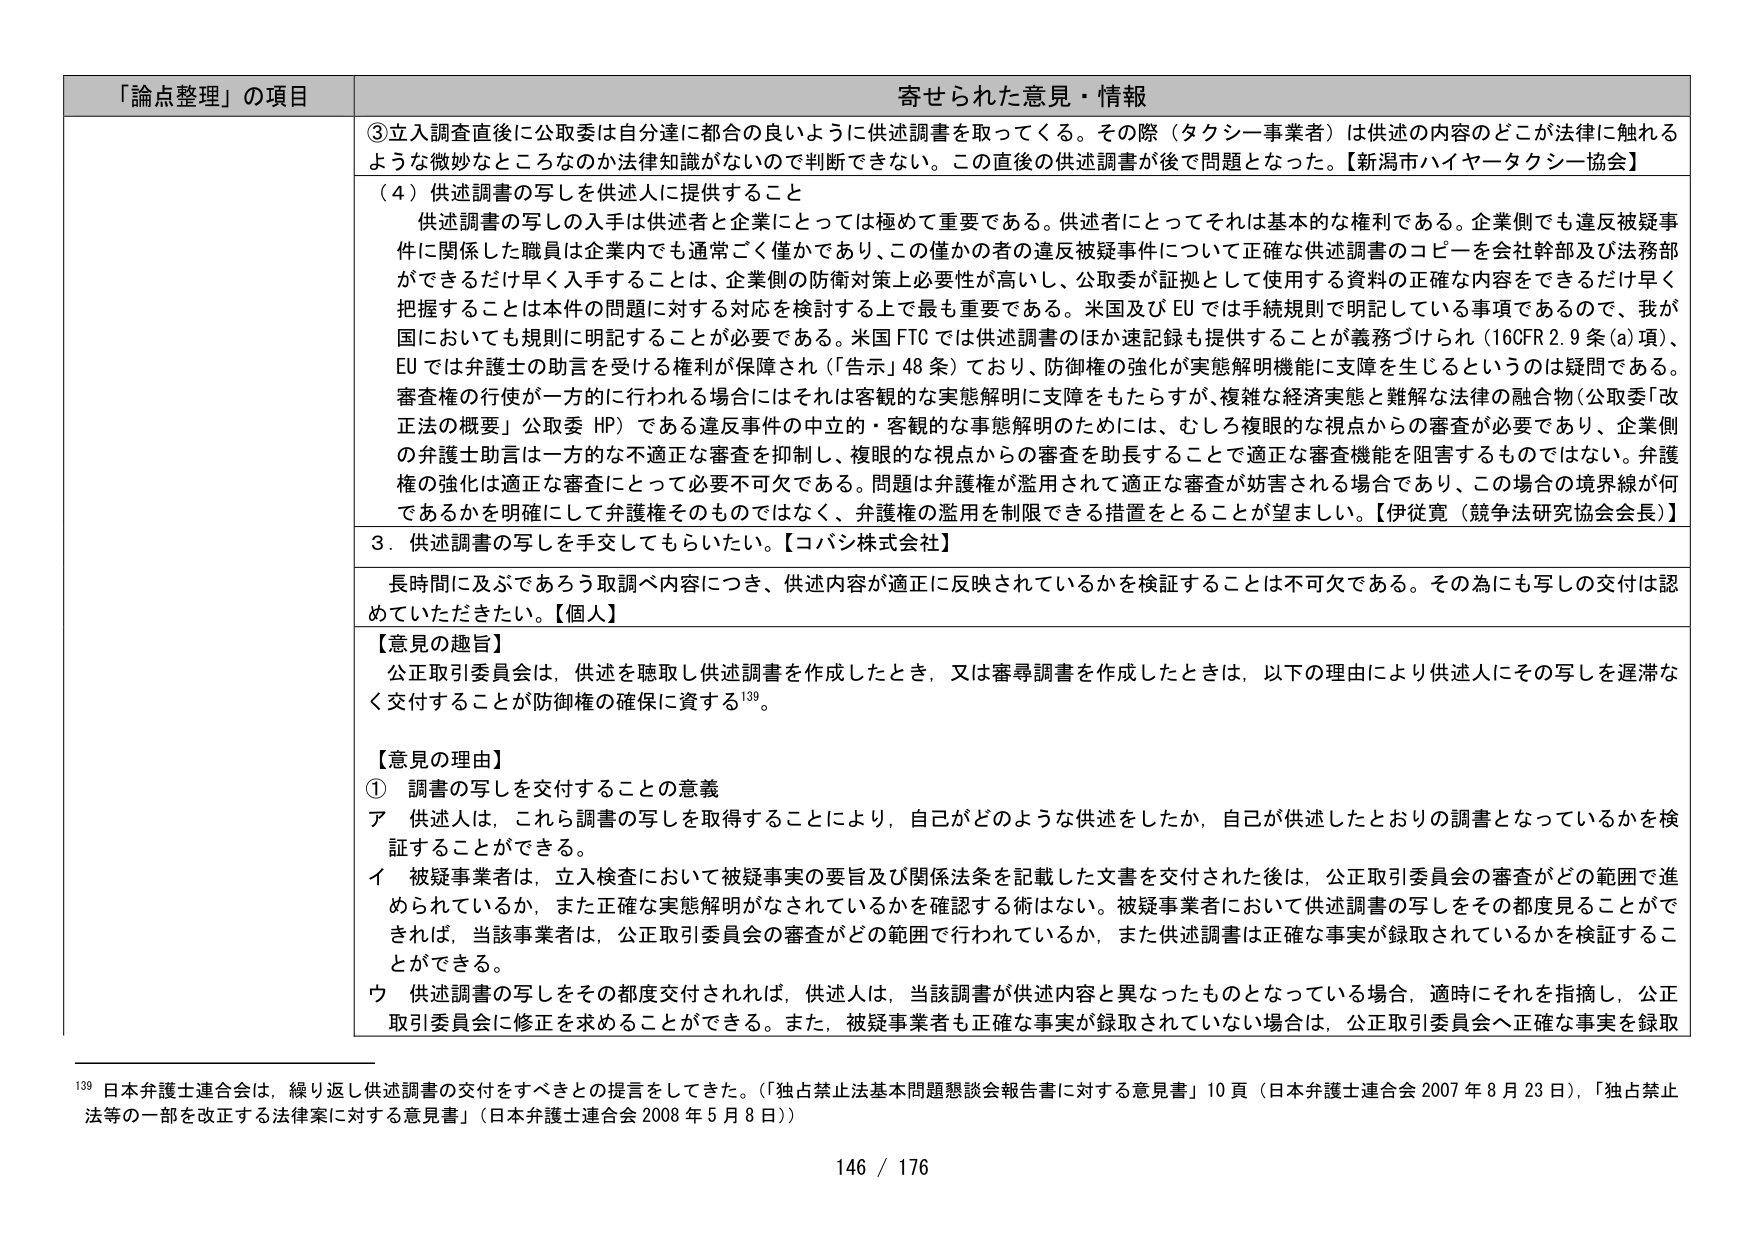
「論点整理」の項目 寄せられた意見・情報
③立入調査直後に公取委は自分達に都合の良いように供述調書を取ってくる。その際（タクシー事業者）は供述の内容のどこが法律に触れるような微妙なところなのか法律知識がないので判断できない。この直後の供述調書が後で問題となった。【新潟市ハイヤータクシー協会】
（4）供述調書の写しを供述人に提供すること
供述調書の写しの入手は供述者と企業にとっては極めて重要である。供述者にとってはそれは基本的な権利である。企業側でも違反被疑事件に関係した職員は企業内でも通常ごく僅かであり、この僅かの者の違反被疑事件について正確な供述調書のコピーを会社幹部及び法務部ができるだけ早く入手することは、企業側の防衛対策上必要性が高いし、公取委が証拠として使用する資料の正確な内容をできるだけ早く把握することは本件の問題に対する対応を検討する上で最も重要である。米国及びEUでは手続規則で明記している事項であるので、我が国においても規則に明記することが必要である。米国FTCでは供述調書のほか速記録も提供することが義務づけられ（16CFR 2.9条(a)項）、EUでは弁護士の助言を受ける権利が保障され（「告示」48条）ており、防御権の強化が実態解明機能に支障を生じるというのは疑問である。審査権の行使が一方的に行われる場合にはそれは客観的な実態解明に支障をもたらすが、複雑な経済実態と難解な法律の融合物（公取委「改正法の概要」公取委HP）である違反事件の中立的・客観的な事態解明のためには、むしろ複眼的な視点からの審査が必要であり、企業側の弁護士助言は一方的な不適正な審査を抑制し、複眼的な視点からの審査を助長することで適正な審査機能を阻害するものではない。弁護権の強化は適正な審査にとって必要不可欠である。問題は弁護権が濫用されて適正な審査が妨害される場合であり、この場合の境界線が何であるかを明確にして弁護権そのものではなく、弁護権の濫用を制限できる措置をとることが望ましい。【伊従寛（競争法研究協会会長）】
3．供述調書の写しを手交してもらいたい。【コパシ株式会社】
長時間に及ぶであろう取調べ内容につき、供述内容が適正に反映されているかを検証することは不可欠である。その為にも写しの交付は認めていただきたい。【個人】
【意見の趣旨】
公正取引委員会は、供述を聴取し供述調書を作成したとき、又は審尋調書を作成したときは、以下の理由により供述人にその写しを遅滞なく交付することが防御権の確保に資する139。
【意見の理由】
① 調書の写しを交付することの意義
ア 供述人は、これら調書の写しを取得することにより、自己がどのような供述をしたか、自己が供述したとおりの調書となっているかを検証することができる。
イ 被疑事業者は、立入検査において被疑事実の要旨及び関係法条を記載した文書を交付された後は、公正取引委員会の審査がどの範囲で進められているか、また正確な実態解明がなされているかを確認する術はない。被疑事業者において供述調書の写しをその都度見ることができれば、当該事業者は、公正取引委員会の審査がどの範囲で行われているか、また供述調書は正確な事実が録取されているかを検証することができる。
ウ 供述調書の写しをその都度交付されれば、供述人は、当該調書が供述内容と異なったものとなっている場合、適時にそれを指摘し、公正取引委員会に修正を求めることができる。また、被疑事業者も正確な事実が録取されていない場合は、公正取引委員会へ正確な事実を録取
139 日本弁護士連合会は、繰り返し供述調書の交付をすべきとの提言をしてきた。（「独占禁止法基本問題懇談会報告書に対する意見書」10頁（日本弁護士連合会2007年8月23日）、「独占禁止法等の一部を改正する法律案に対する意見書」（日本弁護士連合会2008年5月8日））
146 / 176